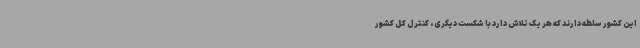
این کشور سلطه دارند که هر یک تلاش دارد با شکست دیگری، کنترل کل کشور